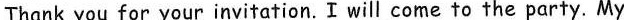
Thank you for your invitation. I will come to the party. My